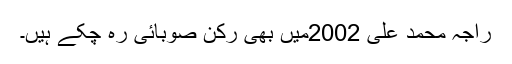
راجہ محمد علی 2002میں بھی رکن صوبائی رہ چکے ہیں۔